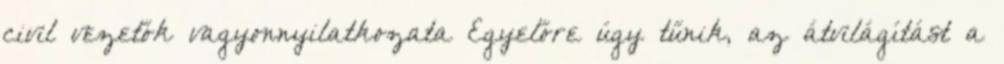
civil vezetők vagyonnyilatkozata Egyelőre úgy tűnik, az átvilágítást a